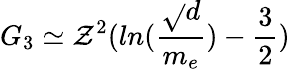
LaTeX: G_{3}\simeq\mathcal{Z}^{2}(ln(\frac{{\sqrt{}{{d}}}}{{m_{e}}})-\frac{{3}}{{2}})